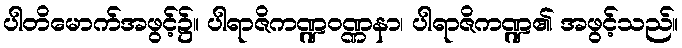
ပါတိမောက်အဖွင့်၌။ ပါရာဇိကဏ္ဍဝဏ္ဏနာ၊ ပါရာဇိကဏ္ဍ၏ အဖွင့်သည်။